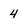
Character: 4